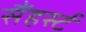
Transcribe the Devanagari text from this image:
सैंहर्स्ट